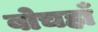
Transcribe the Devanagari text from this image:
बोचहाँ